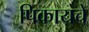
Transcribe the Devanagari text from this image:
पिकायचे